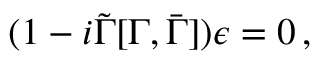
( 1 - i \tilde { \Gamma } [ \Gamma , \bar { \Gamma } ] ) \epsilon = 0 \, ,